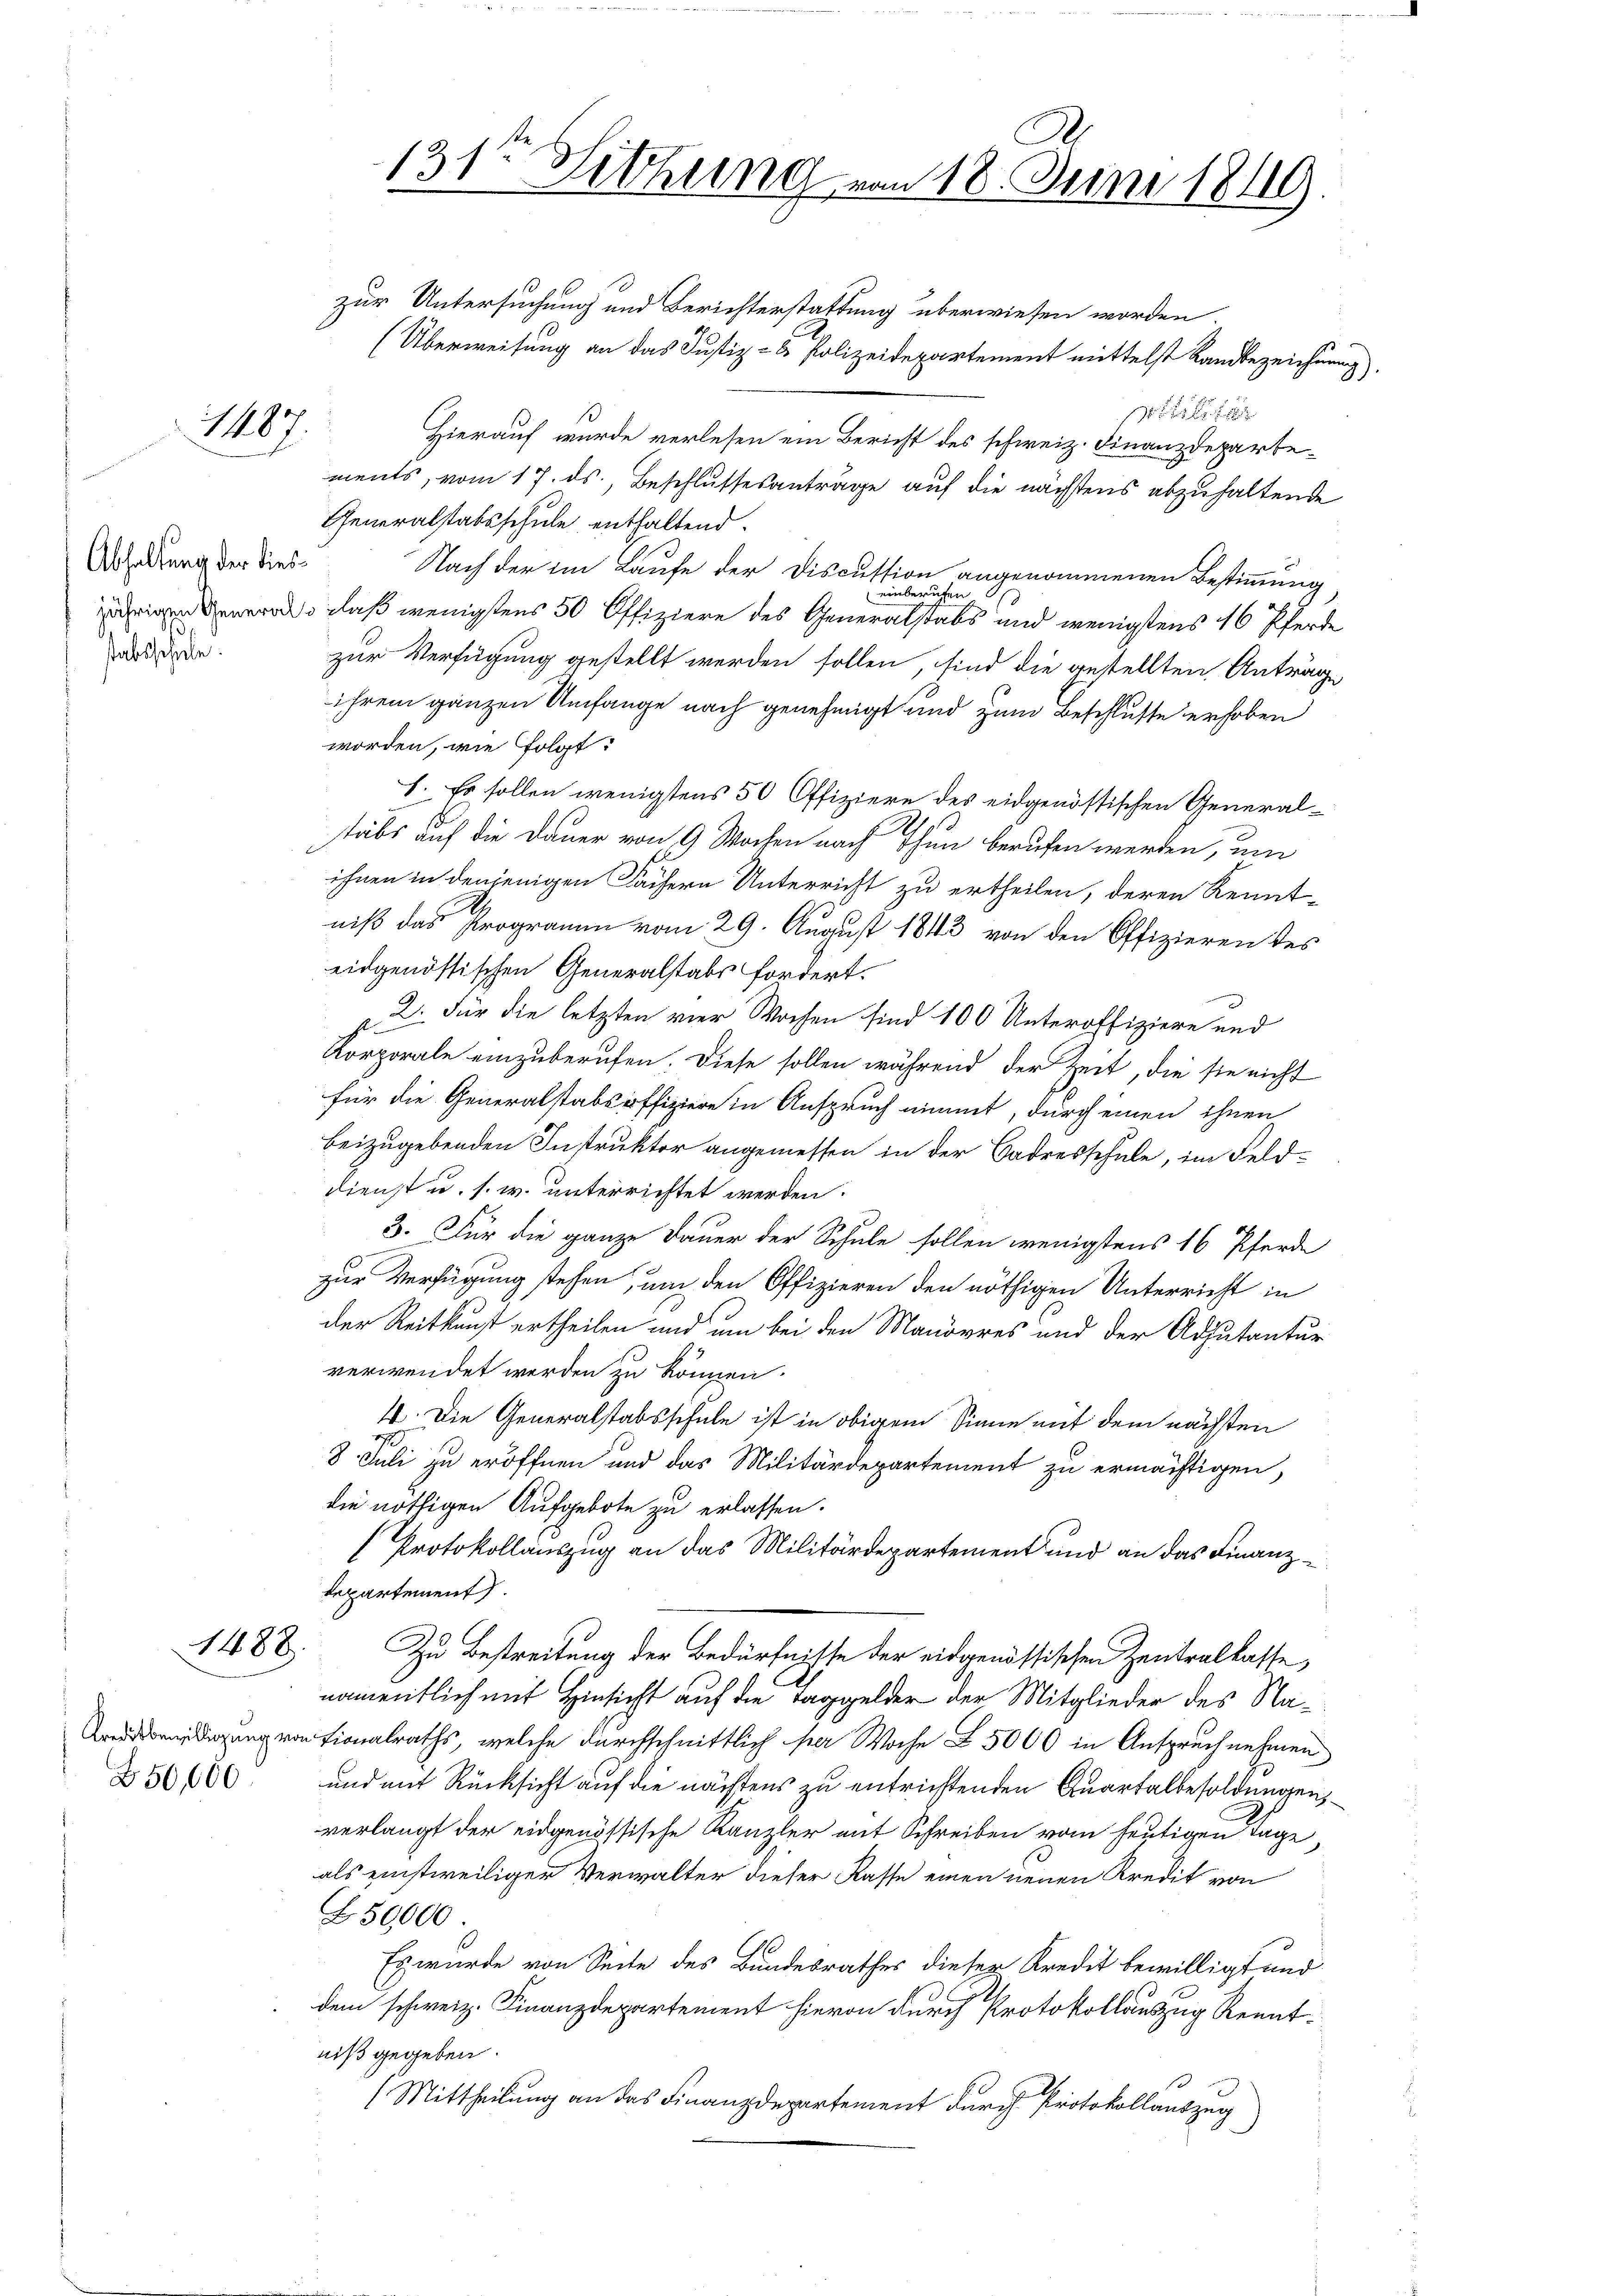
1487.

Abhaltung der diessabsschule.

1488.

50,000.

zur Untersuchung und Berichterstattung überwiesen worden.
(Überweisung an das Justiz- & Polizeidepartement mittelst Landbezeichnung,
xx
Hierauf wurde verlesen ein Bericht des schweiz. Finanzdepartements, vom 17. ds., Beschlussesanträge auf die nächstens abzuhaltende
Generalstabsschule enthaltend.
Nach der im Laufe der Discussion angenommenen Bestimmung
einberufen
ürigen werde, daß wenigstens 50 Offiziere des Generalstabs und wenigstens 16 Pferde
zur Verfügung gestellt werden sollen, sind die gestellten Anträge
ihrem ganzen Umfange nach genehmigt und zum Beschlusse erhoben
worden, wie folgt:
h. Es sollen wenigstens 50 Offiziere des eidgenössischen Generaltäbs auf die Dauer von 9 Wochen nach Thun berufen werden, um
ihnen in denjenigen Fächern Unterricht zu ertheilen, deren Kennt-
niß das Programm vom 29. August 1843 von den Offizieren des
eidgenössischen Generalstabs fordert.
2. Für die letzten vier Wochen sind 100 Unteroffiziere und
s
Korporale einzuberufen. Diese sollen während der Zeit, die sie nicht
für die Generalstabsoffiziere in Anspruch nimmt, durch einen ihnen
beizugebenden Instruktor angemessen in der Sadresschule, im Felddienst u. s. w. unterrichtet werden:
3. Für die ganze Dauer der Schule sollen wenigstens 16 Pferde
zur Verfügung stehen, um den Offizieren den nöthigen Unterricht in
der Reitkunft ertheilen und um bei den Manderes und der Adjutantur
verwendet werden zu können.
4. Die Generalstabsschule ist in obigem Sinne mit dem nächsten
8. Juli zu eröffnen und das Militärdepartement zu ermächtigen,
die nöthigen Aufgebote zu erlassen.
Protokollauszug an das Militärdepartement und an das Finanz¬
Repartement.
Zu Bestreitung der Bedürfnisse der eidgenössischen Zentralkasse
namentlich mit Hinsicht auf die Taggelder der Mitglieder des Na¬
Kaddendigung von Lionalraths, welche durchschnittlich per Woche Z. 5000 in Anspruch nehmen
und mit Rücksicht auf die nächtens zu entrichtenden Quartalbesoldungen
verlangt der eidgenössische Kanzler mit Schreiben vom heutigen Tage,
als einstweiliger Verwalter dieser Kasse einen neuen Kredit von
B50,000
Es wurde von Seite des Bundesrathes dieser Kredit bewilligt und
dem schweiz. Finanzdepartement hievon durch Protokollauszug Kenntniß gegeben.
(Mittheilung an das Finanzdepartement durch Protokollauszug

131. Sitzung von 18. Juni 18119.